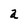
Character: a